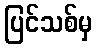
ပြင်သစ်မှ